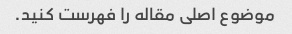
موضوع اصلی مقاله را فهرست کنید.